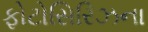
ફોટોસિરિઝના